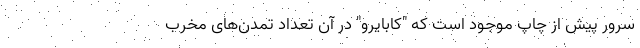
سرورِ پیش از چاپ موجود است که "کابایرو" در آن تعداد تمدن‌های مخرب